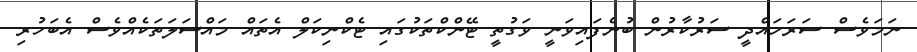
ނަމަވެސް ސަރަހައްދީ ސަރުކާރުން ބުނެފައިވަނީ ވަގުތީ ޓޭންކްތަކުގައި ޓެކްނިކަލް އެތައް މައްސަލަތަކެއްވެސް އެބަހުރި